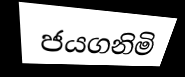
ජයගනිමි